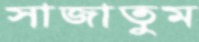
সাজাতুম